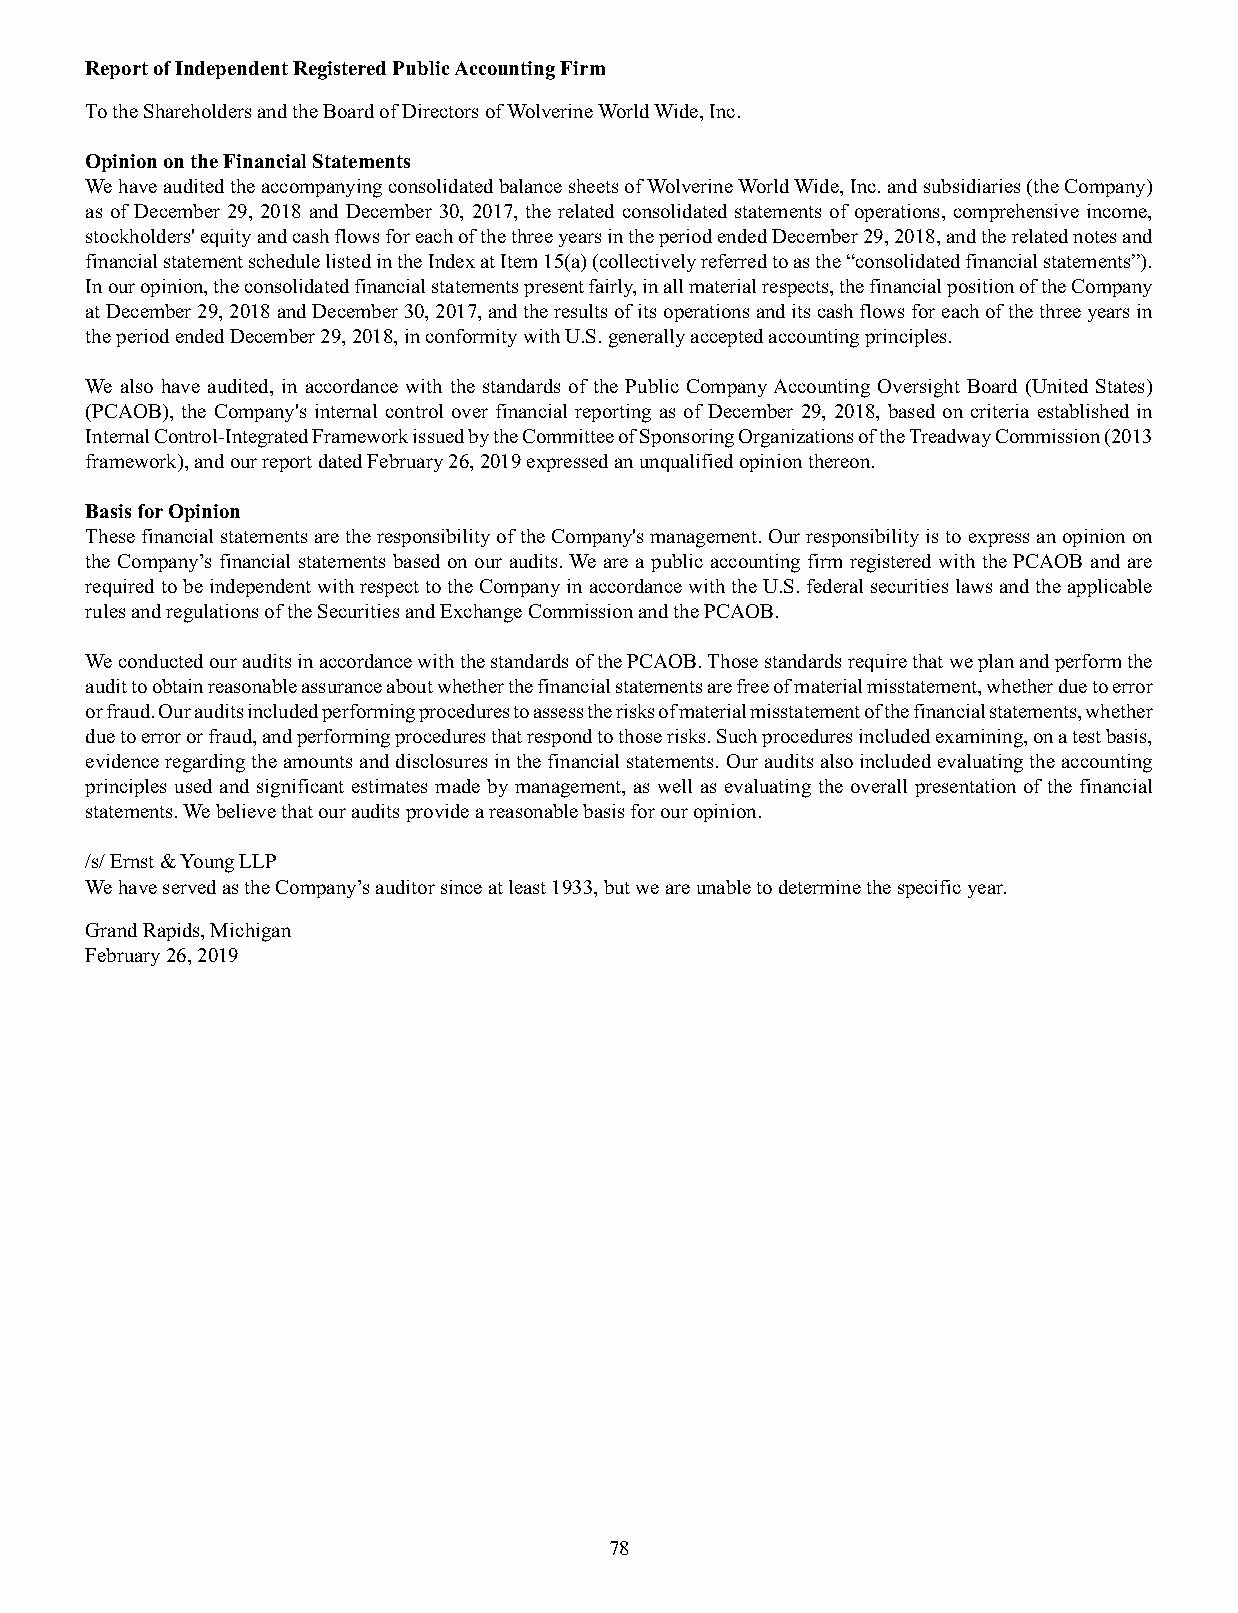
Report of Independent Registered Public Accounting Firm
 To the Shareholders and the Board of Directors of Wolverine World Wide, Inc.
 Opinion on the Financial Statements
 We have audited the accompanying consolidated balance sheets of Wolverine World Wide, Inc. and subsidiaries (the Company)
 as of December 29, 2018 and December 30, 2017, the related consolidated statements of operations, comprehensive income,
 stockholders' equity and cash flows for each of the three years in the period ended December 29, 2018, and the related notes and
 financial statement schedule listed in the Index at Item 15(a) (collectively referred to as the “consolidated financial statements”).
 In our opinion, the consolidated financial statements present fairly, in all material respects, the financial position of the Company
 at December 29, 2018 and December 30, 2017, and the results of its operations and its cash flows for each of the three years in
 the period ended December 29, 2018, in conformity with U.S. generally accepted accounting principles.
 We also have audited, in accordance with the standards of the Public Company Accounting Oversight Board (United States)
 (PCAOB), the Company's internal control over financial reporting as of December 29, 2018, based on criteria established in
 Internal Control-Integrated Framework issued by the Committee of Sponsoring Organizations of the Treadway Commission (2013
 framework), and our report dated February 26, 2019 expressed an unqualified opinion thereon.
 Basis for Opinion
 These financial statements are the responsibility of the Company's management. Our responsibility is to express an opinion on
 the Company’s financial statements based on our audits. We are a public accounting firm registered with the PCAOB and are
 required to be independent with respect to the Company in accordance with the U.S. federal securities laws and the applicable
 rules and regulations of the Securities and Exchange Commission and the PCAOB.
 We conducted our audits in accordance with the standards of the PCAOB. Those standards require that we plan and perform the
 audit to obtain reasonable assurance about whether the financial statements are free of material misstatement, whether due to error
 or fraud. Our audits included performing procedures to assess the risks of material misstatement of the financial statements, whether
 due to error or fraud, and performing procedures that respond to those risks. Such procedures included examining, on a test basis,
 evidence regarding the amounts and disclosures in the financial statements. Our audits also included evaluating the accounting
 principles used and significant estimates made by management, as well as evaluating the overall presentation of the financial
 statements. We believe that our audits provide a reasonable basis for our opinion.
 /s/ Ernst & Young LLP
 We have served as the Company’s auditor since at least 1933, but we are unable to determine the specific year.
 Grand Rapids, Michigan
 February 26, 2019
 78